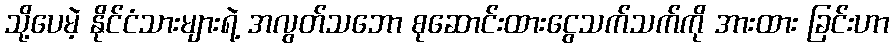
သို့ပေမဲ့ နိုင်ငံသားများရဲ့ အလွတ်သဘော စုဆောင်းထားငွေသက်သက်ကို အားထား ခြင်းဟာ